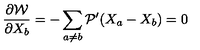
\frac { \partial { \cal W } } { \partial X _ { b } } = - \sum _ { a \neq b } { \cal P } ^ { \prime } ( X _ { a } - X _ { b } ) = 0